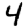
Digit: 4